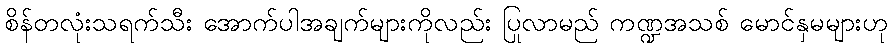
စိန်တလုံးသရက်သီး အောက်ပါအချက်များကိုလည်း ပြုလာမည် ကဏ္ဍအသစ် မောင်နှမများဟု